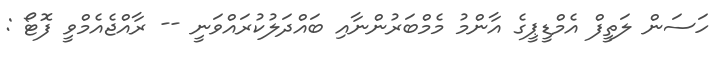
ހަސަން ލަތީފް އެމްޑީޕީގެ އާންމު މެމްބަރުންނާއި ބައްދަލުކުރައްވަނީ -- ރާއްޖެއެމްވީ ފޮޓޯ :